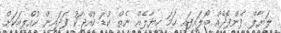
ލަޔާލް ފެންފޮދެއް ބޯލައިފައި ހަމަ ހިޔާލެއް ނެތް ކުޑަ ކުއްޖަކު ފަދައިން ކުއްލިއަކަށް